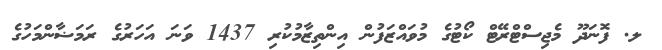
ލ. ފޮނަދޫ މެޖިސްޓްރޭޓް ކޯޓުގެ މުވައްޒަފުން އިންތިޒާމުކުރި 1437 ވަނަ އަހަރުގެ ރަމަޟާންމަހުގެ